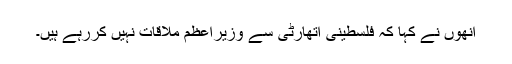
انھوں نے کہا کہ فلسطینی اتھارٹی سے وزیراعظم ملاقات نہیں کررہے ہیں۔